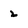
Character: 2